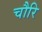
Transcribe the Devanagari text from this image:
चौरि